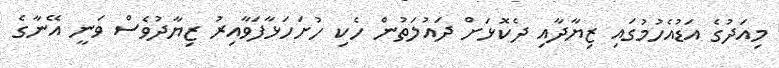
މިއަދުގެ އަޑުއެހުމުގައި ޒިޔާދާއި ދެކޮޅަށް ދައުލަތުން ހެކި ހުށަހަޅާފަވާއިރު ޒިޔާދުވެސް ވަނީ އޭނާގެ